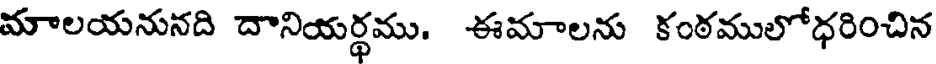
మాలయనునది దానియర్థము. ఈమాలను కంఠములోధరించిన